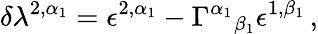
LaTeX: \delta\lambda^{2,\alpha_{1}}=\epsilon^{2,\alpha_{1}}-\Gamma^{\alpha_{1}}{}_{\beta_{1}}\epsilon^{1,\beta_{1}}\, ,